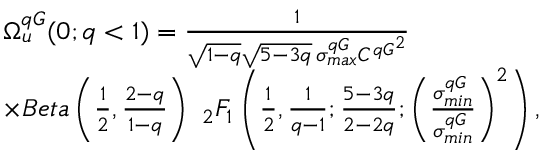
\begin{array} { r l } & { \Omega _ { u } ^ { q G } ( 0 ; q < 1 ) = \frac { 1 } { \sqrt { 1 - q } \sqrt { 5 - 3 q } \, \sigma _ { m a x } ^ { q G } { C ^ { q G } } ^ { 2 } } } \\ & { \times B e t a \left( \frac { 1 } { 2 } , \frac { 2 - q } { 1 - q } \right) \ _ { 2 } F _ { 1 } \left( \frac { 1 } { 2 } , \frac { 1 } { q - 1 } ; \frac { 5 - 3 q } { 2 - 2 q } ; \left( \frac { \sigma _ { m i n } ^ { q G } } { \sigma _ { m i n } ^ { q G } } \right) ^ { 2 } \right) , } \end{array}